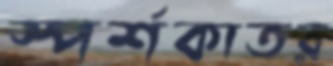
স্পর্শকাতর